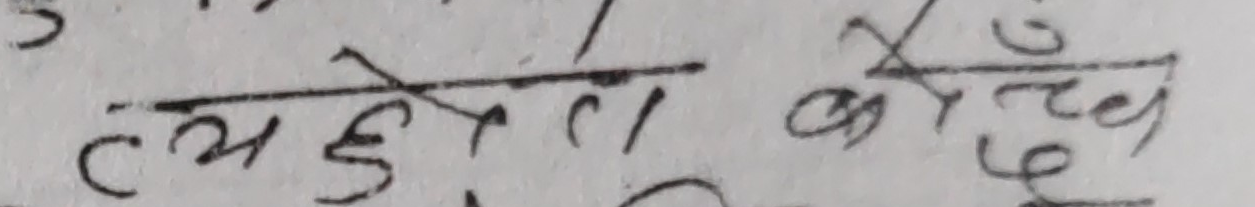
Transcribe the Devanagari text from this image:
त्यस हुदैला बोरेच